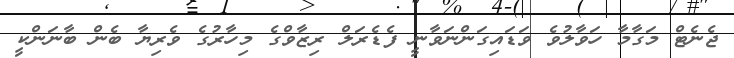
ޖެނެޓް މަގާމާ ހަވާލުވެ ވަޑައިގަންނަވާނީ ފެޑެރަލް ރިޒާވްގެ މިހާރުގެ ވެރިޔާ ބެން ބާނަންކީ